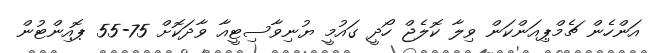
އަންހެން ޗެމްޕިއަންކަން ވިލާ ކޮލެޖް ހޯދީ ގައުމީ ޔުނިވާސިޓީއާ ވާދަކޮށް 75-55 ޕޮއިންޓުން